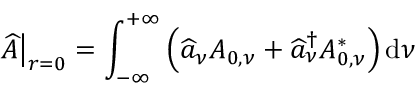
\left. \widehat { A } \right| _ { r = 0 } = \int _ { - \infty } ^ { + \infty } \left( \widehat { a } _ { \nu } A _ { 0 , \nu } + \widehat { a } _ { \nu } ^ { \dagger } A _ { 0 , \nu } ^ { * } \right) \mathrm { d } \nu